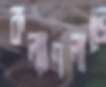
কল্যাণলাভে